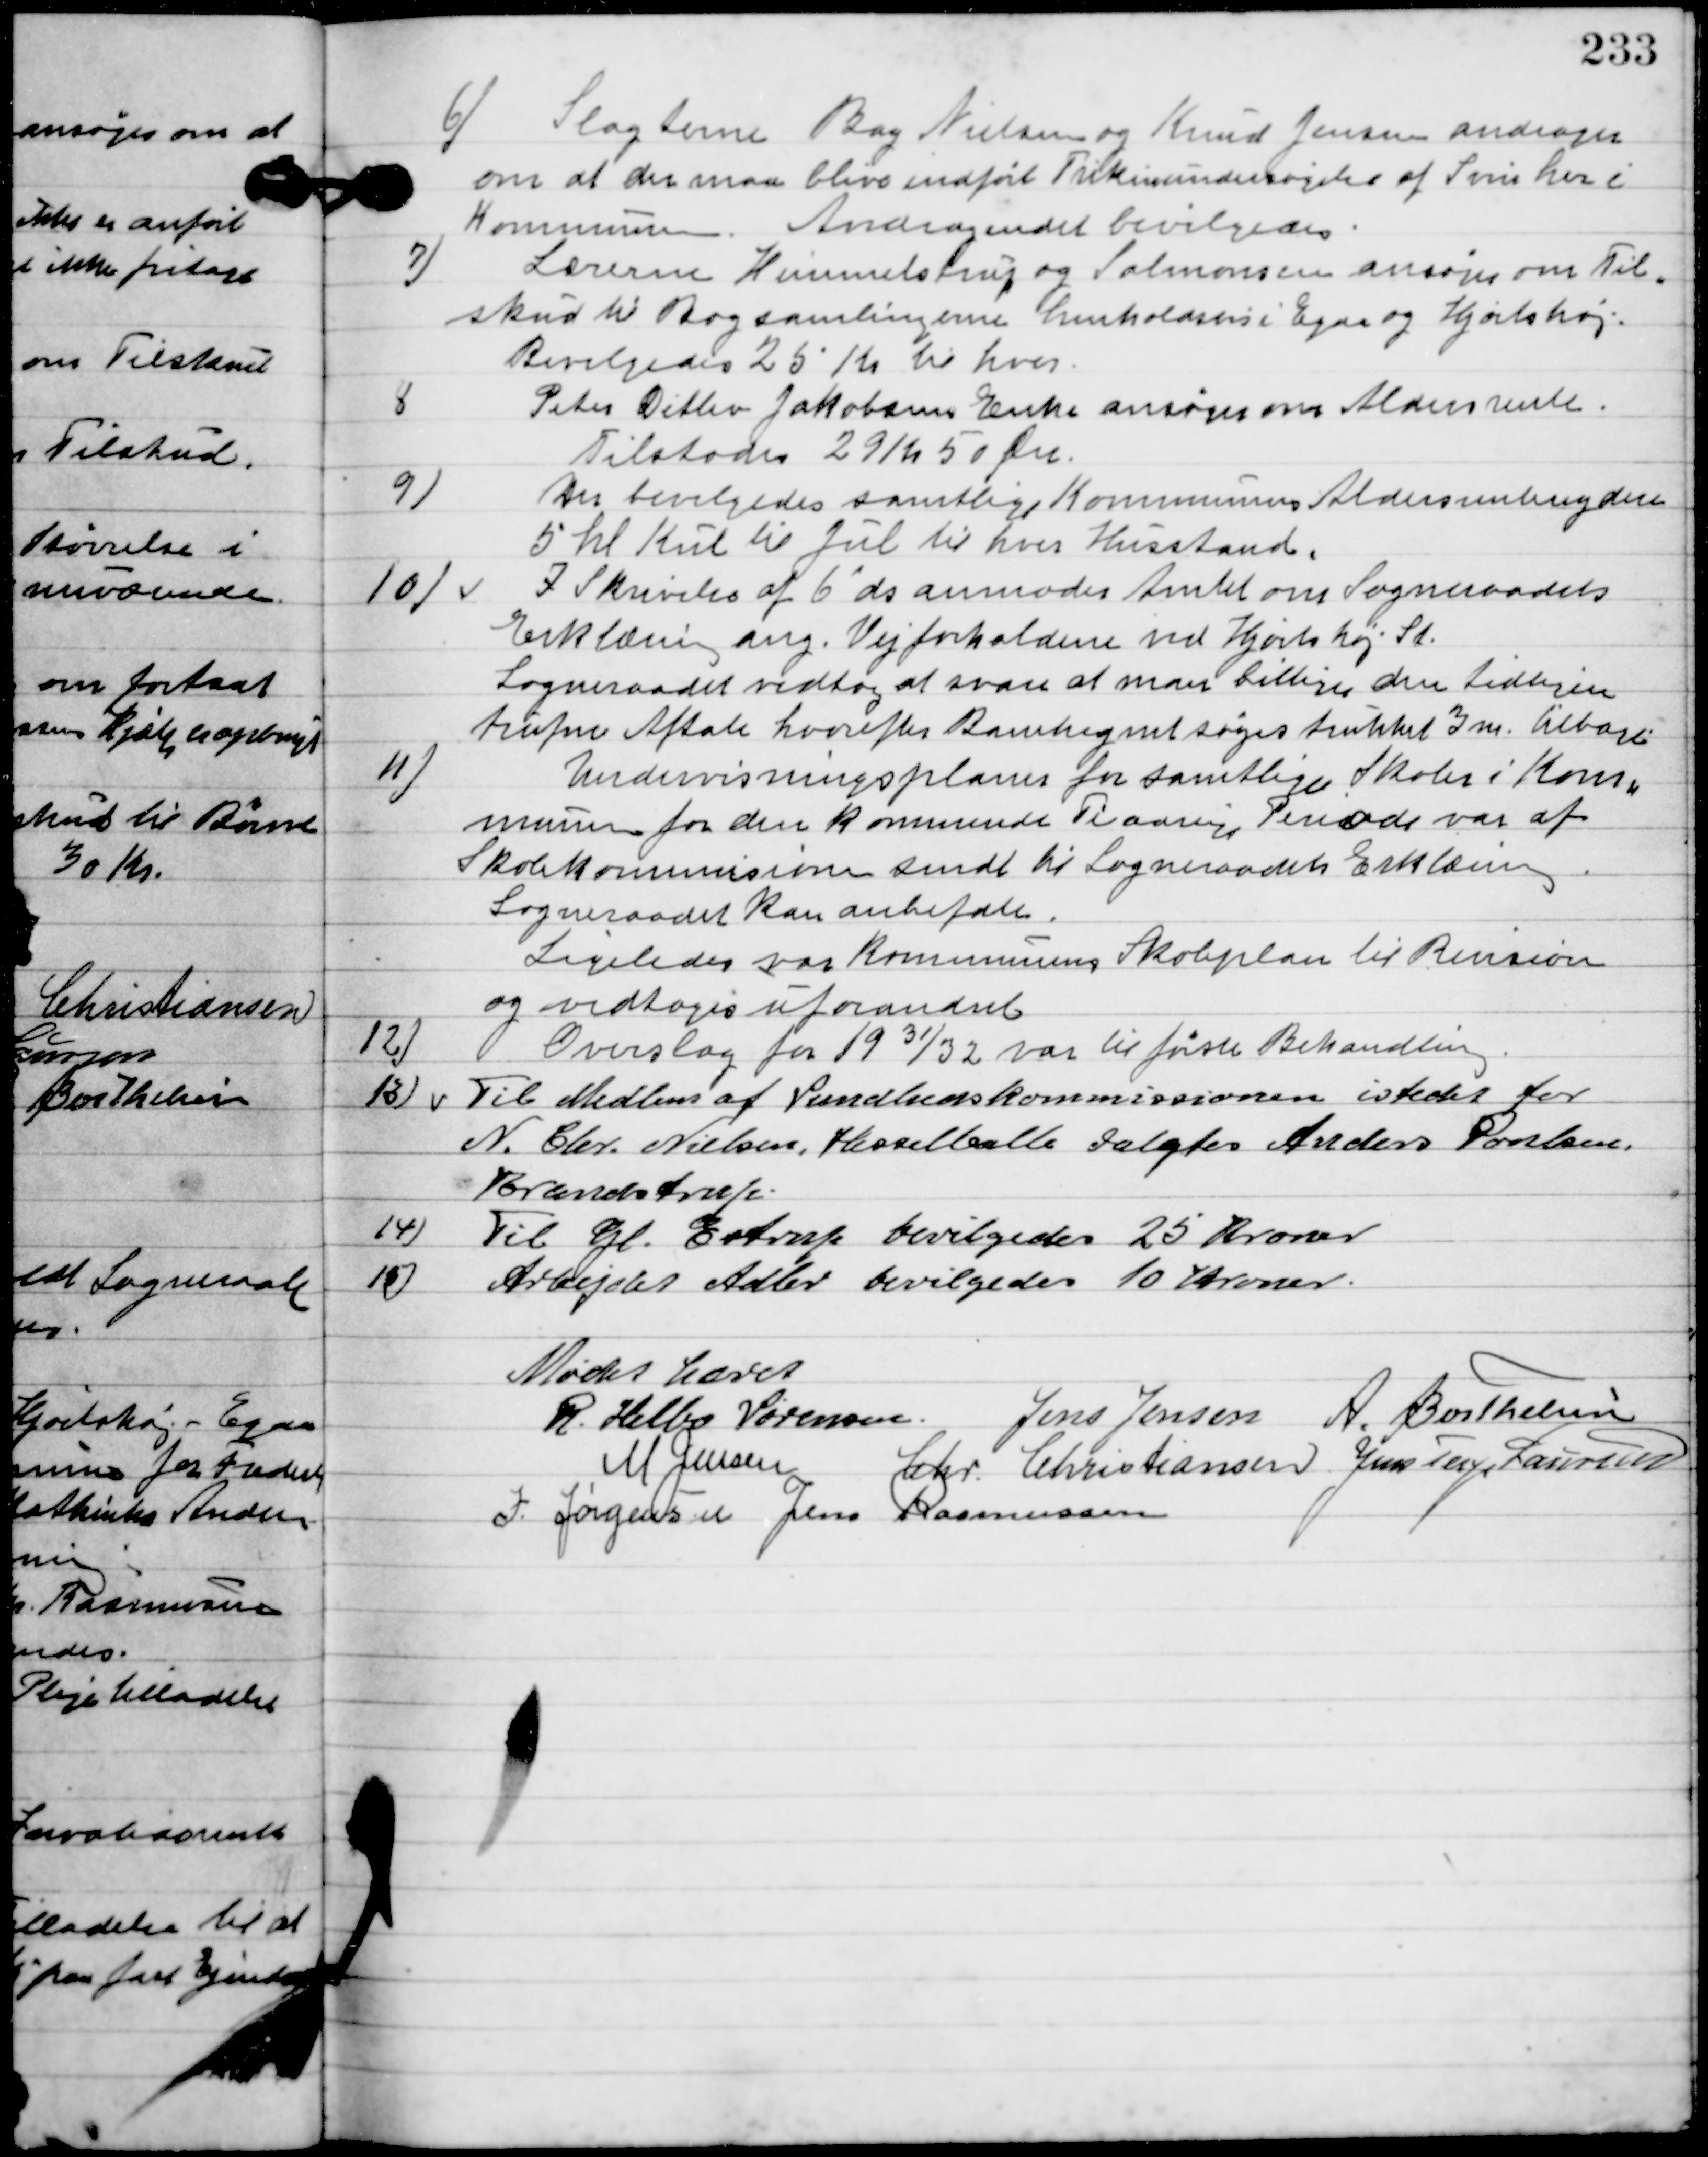
Transskription:
6

Slagterne Bay Nielsen og Knud Jensen andrager
om at der maa blive indført frikommuneundersøgelse af Svin her i
Kommunen.
Andragendet bevilgedes.

7

Lærerne Himmelstrup og Salomonsen ansøger om Til-
skud til Bogsamlingerne henholdsvis i Egaa og Hjortshøj.
Bevilgedes 25 Kr. til hver.

8

Peter Ditlev Jakobsens Enke ansøger om Aldersrente.
Tilstodes 29 Kr. 50 Øre.

9

Der bevilgedes samtlige Kommuners aldersrenteydere
5  Kul til Jul til hver husstand.

10

I Skrivelse af 6´ ds anmoder amtet om Sogneraadets
Erklæring ang. Vejrforholdene ved Hjortshøj St.
Sogneraadet vedtog at svare at man billigede den tidligere
trufne Aftale hvorefter Banelegemet søges trukket 3m tilbage.

11

Undervisningsplanen for samtlige Skoler i Kom-
munen for den kommende firårige Periode var af
Skolekommissionen sent til Sogneraadets Erklæring.
Sogneraaadet kan anbefale.
Ligeledes var Kommunens Skoleplan til Revision
og vedtoges uforandret.

12

Overslag for 1931/32 var til første Behandling.

13

Til Medlem af Sundhedskommissionen i stedet for
N. Chr. Nielsen, Hesselballe valgtes Anders Poulsen,
Bandstrup.

14

Til Gl. Estrup bevilgedes 25 Kroner

15

Arbejdet Adler bevilgedes 10 kroner

Mødet hævet.

R. Helbo Sørensen
Jens Jensen
A. Berthelsen
M. Jensen
Chr. Christiansen
Jens Terp Laursen
I. Jørgensen
Jens Rasmussen